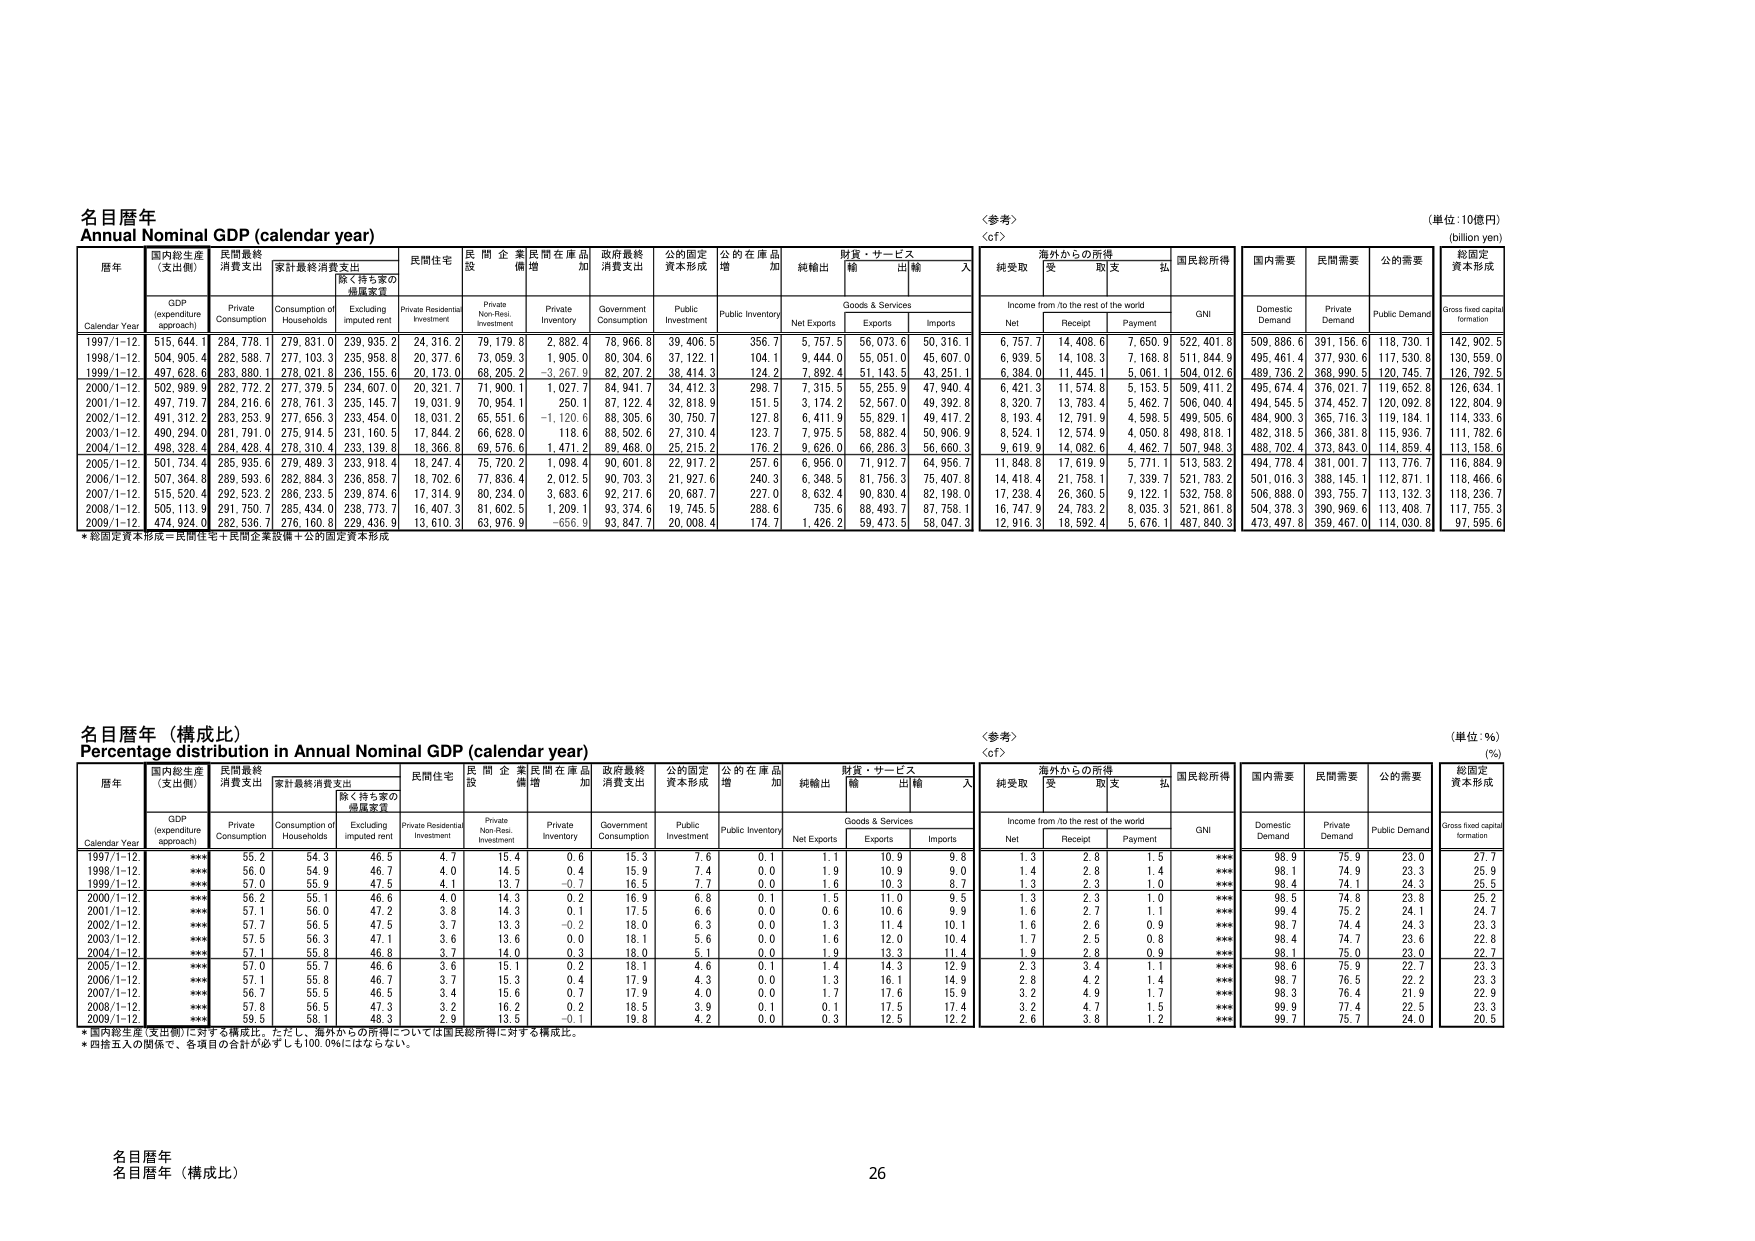
名目暦年
Annual Nominal GDP (calendar year)

〈参考〉
〈cf〉

（単位：10億円）
(billion yen)

暦年
Calendar Year

国内総生産
(支出側)
GDP
(expenditure approach)

民間最終
消費支出
Private Consumption

家計最終消費支出
Consumption of Households

除く持ち家の
帰属家賃
Excluding imputed rent

民間住宅
Private Residential Investment

民間企業
設備
Private Non-Res. Investment

民間在庫品
増加
Private Inventory

政府最終
消費支出
Government Consumption

公的固定
資本形成
Public Investment

公的在庫品
増加
Public Inventory

純輸出
Net Exports

財貨・サービス
Goods & Services

輸出
Exports

輸入
Imports

海外からの所得
Income from /to the rest of the world

純受取
Net

受取
Receipt

取支
Payment

拡
GNI

国民総所得
GNI

国内需要
Domestic Demand

民間需要
Private Demand

公的需要
Public Demand

総固定
資本形成
Gross fixed capital formation

1997/1-12
515,644.1
284,778.1
279,831.0
239,935.2
24,316.2
79,179.8
2,882.4
78,966.8
39,406.5
356.7
5,757.5
56,073.6
50,316.1
6,757.7
14,408.6
7,650.9
522,401.8
509,886.6
391,156.6
118,730.1
142,902.5

1998/1-12
504,905.4
282,588.7
277,103.3
235,958.8
20,377.6
73,059.3
1,905.0
80,304.6
37,122.1
104.1
9,444.0
55,051.0
45,607.0
6,939.5
14,108.3
7,168.8
511,844.9
495,461.4
377,930.6
117,530.8
130,559.0

1999/1-12
497,628.6
283,880.1
278,021.8
236,155.6
20,173.0
68,205.2
-3,267.9
82,207.2
38,414.3
124.2
7,892.4
51,143.5
43,251.1
6,384.0
11,445.1
5,061.1
504,012.6
489,736.2
368,990.5
120,745.7
126,792.5

2000/1-12
502,989.9
282,772.2
277,379.5
234,607.0
20,321.7
71,900.1
1,027.7
84,941.7
34,412.3
298.7
7,315.5
55,255.9
47,940.4
6,421.3
11,574.8
5,153.5
509,411.2
495,674.4
376,021.7
119,652.8
126,634.1

2001/1-12
497,719.7
284,216.6
278,761.3
235,145.7
19,031.9
70,954.1
250.1
87,122.4
32,818.9
151.5
3,174.2
52,567.0
49,392.8
8,320.7
13,783.4
5,462.7
506,040.4
494,545.5
374,452.7
120,092.8
122,804.9

2002/1-12
491,312.2
283,253.9
277,656.3
233,454.0
18,031.2
65,551.6
-1,120.6
88,305.6
30,750.7
127.8
6,411.9
55,829.1
49,417.2
8,193.4
12,791.9
4,598.5
499,505.6
484,900.3
365,716.3
119,184.1
114,333.6

2003/1-12
490,294.0
281,791.0
275,914.5
231,160.5
17,844.2
66,628.0
118.6
88,502.6
27,310.4
123.7
7,975.5
58,882.4
50,906.9
8,524.1
12,574.9
4,050.8
498,818.1
482,318.5
366,381.8
115,936.7
111,782.6

2004/1-12
498,328.4
284,428.4
278,310.4
233,139.8
18,366.8
69,576.6
1,471.2
89,468.0
25,215.2
176.2
9,626.0
66,286.3
56,660.3
9,619.9
14,082.6
4,462.7
507,948.3
488,702.4
373,843.0
114,859.4
113,158.6

2005/1-12
501,734.4
285,935.6
279,489.3
233,918.4
18,247.4
75,720.2
1,098.4
90,601.8
22,917.2
257.6
6,956.0
71,912.7
64,956.7
11,848.8
17,619.9
5,771.1
513,583.2
494,778.4
381,001.7
113,776.7
116,884.9

2006/1-12
507,364.8
289,593.6
282,884.3
236,858.7
18,702.6
77,636.4
2,012.5
90,703.3
21,927.6
240.3
6,348.5
81,756.3
75,407.8
14,418.4
21,758.1
7,339.7
521,783.2
501,016.3
388,145.1
112,871.1
118,466.6

2007/1-12
515,520.4
292,523.2
286,233.5
239,874.6
17,314.9
80,234.0
3,683.6
92,217.6
20,687.7
227.0
8,632.4
90,830.4
82,198.0
17,238.4
26,360.5
9,122.1
532,758.8
506,888.0
393,755.7
113,132.3
118,236.7

2008/1-12
505,113.9
291,750.7
285,434.0
238,773.7
16,407.3
81,602.5
1,209.1
93,374.8
19,745.5
288.6
735.6
88,493.7
87,758.1
16,747.9
24,783.2
8,035.3
521,861.8
504,378.3
390,969.6
113,408.7
117,755.3

2009/1-12
474,924.0
282,536.7
276,160.8
229,436.9
13,610.3
63,976.9
-656.9
93,847.7
20,008.4
174.7
1,426.2
59,473.5
58,047.3
12,916.3
18,592.4
5,676.1
487,840.3
473,497.8
359,467.0
114,030.8
97,595.6

* 総固定資本形成＝民間住宅＋民間企業設備＋公的固定資本形成

名目暦年（構成比）
Percentage distribution in Annual Nominal GDP (calendar year)

〈参考〉
〈cf〉

（単位：％）
(%)

暦年
Calendar Year

国内総生産
(支出側)
GDP
(expenditure approach)

民間最終
消費支出
Private Consumption

家計最終消費支出
Consumption of Households

除く持ち家の
帰属家賃
Excluding imputed rent

民間住宅
Private Residential Investment

民間企業
設備
Private Non-Res. Investment

民間在庫品
増加
Private Inventory

政府最終
消費支出
Government Consumption

公的固定
資本形成
Public Investment

公的在庫品
増加
Public Inventory

純輸出
Net Exports

財貨・サービス
Goods & Services

輸出
Exports

輸入
Imports

海外からの所得
Income from /to the rest of the world

純受取
Net

受取
Receipt

取支
Payment

拡
GNI

国民総所得
GNI

国内需要
Domestic Demand

民間需要
Private Demand

公的需要
Public Demand

総固定
資本形成
Gross fixed capital formation

1997/1-12
***
55.2
54.3
46.5
4.7
15.4
0.6
15.3
7.6
0.1
1.1
10.9
9.8
1.3
2.8
1.5
***
98.9
75.9
23.0
27.7

1998/1-12
***
56.0
54.9
46.7
4.0
14.5
0.4
15.9
7.4
0.0
1.9
10.9
9.0
1.4
2.8
1.4
***
98.1
74.9
23.3
25.9

1999/1-12
***
57.0
55.9
47.5
4.1
13.7
-0.7
16.5
7.7
0.0
1.6
10.3
8.7
1.3
2.3
1.0
***
98.4
74.1
24.3
25.5

2000/1-12
***
56.2
55.1
46.6
4.0
14.3
0.2
16.9
6.8
0.1
1.5
11.0
9.5
1.3
2.3
1.0
***
98.5
74.8
23.8
25.2

2001/1-12
***
57.1
56.0
47.2
3.8
14.3
0.1
17.5
6.6
0.0
0.6
10.6
9.9
1.6
2.7
1.1
***
99.4
75.2
24.1
24.7

2002/1-12
***
57.7
56.5
47.5
3.7
13.3
-0.2
18.0
6.3
0.0
1.3
11.4
10.1
1.6
2.6
0.9
***
98.7
74.4
24.3
23.3

2003/1-12
***
57.5
56.3
47.1
3.6
13.6
0.0
18.1
5.6
0.0
1.6
12.0
10.4
1.7
2.5
0.8
***
98.4
74.7
23.6
22.8

2004/1-12
***
57.1
55.8
46.8
3.7
14.0
0.3
18.0
5.1
0.0
1.9
13.3
11.4
1.9
2.8
0.9
***
98.1
75.0
23.0
22.7

2005/1-12
***
57.0
55.7
46.6
3.6
15.1
0.2
18.1
4.6
0.1
1.4
14.3
12.9
2.3
3.4
1.1
***
98.6
75.9
22.7
23.3

2006/1-12
***
57.1
55.8
46.7
3.7
15.3
0.4
17.9
4.3
0.0
1.3
16.1
14.9
2.8
4.2
1.4
***
98.7
76.5
22.2
23.3

2007/1-12
***
56.7
55.5
46.5
3.4
15.6
0.7
17.9
4.0
0.0
1.7
17.6
15.9
3.2
4.9
1.7
***
98.3
76.4
21.9
22.9

2008/1-12
***
57.8
56.5
47.3
3.2
16.2
0.2
18.5
3.9
0.1
0.1
17.5
17.4
3.2
4.7
1.5
***
99.9
77.4
22.5
23.3

2009/1-12
***
59.5
58.1
48.3
2.9
13.5
-0.1
19.8
4.2
0.0
0.3
12.5
12.2
2.6
3.8
1.2
***
99.7
75.7
24.0
20.5

* 国内総生産（支出側）に対する構成比。ただし、海外からの所得については国民総所得に対する構成比。
* 四捨五入の関係で、各項目の合計が必ずしも100.0%にはならない。

名目暦年
名目暦年（構成比）
26